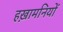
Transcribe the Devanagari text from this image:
हख़ामनियों